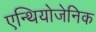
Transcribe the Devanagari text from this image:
एन्थियोजेनिक